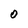
Character: O